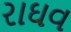
રાઘવ